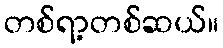
တစ်ရာ့တစ်ဆယ်။